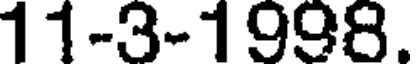
11-3-1998.